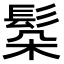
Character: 𩬻